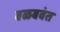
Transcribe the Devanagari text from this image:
बळबवंत